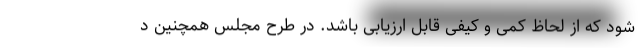
شود که از لحاظ کمی و کیفی قابل ارزیابی باشد. در طرح مجلس همچنین د